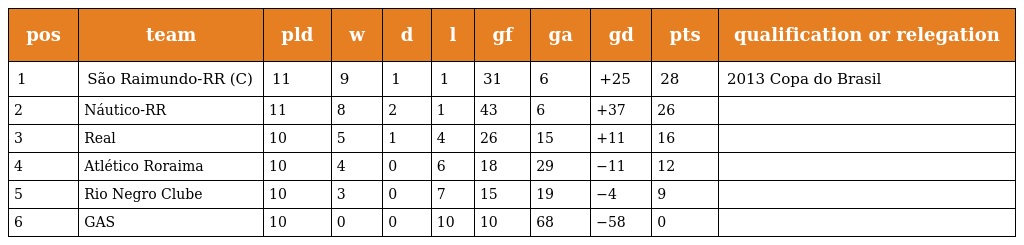
| pos | team | pld | w | d | l | gf | ga | gd | pts | qualification or relegation |
 | --- | --- | --- | --- | --- | --- | --- | --- | --- | --- | --- |
 | 1 | São Raimundo-RR (C) | 11 | 9 | 1 | 1 | 31 | 6 | +25 | 28 | 2013 Copa do Brasil |
 | 2 | Náutico-RR | 11 | 8 | 2 | 1 | 43 | 6 | +37 | 26 |  |
 | 3 | Real | 10 | 5 | 1 | 4 | 26 | 15 | +11 | 16 |  |
 | 4 | Atlético Roraima | 10 | 4 | 0 | 6 | 18 | 29 | −11 | 12 |  |
 | 5 | Rio Negro Clube | 10 | 3 | 0 | 7 | 15 | 19 | −4 | 9 |  |
 | 6 | GAS | 10 | 0 | 0 | 10 | 10 | 68 | −58 | 0 |  |